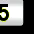
Digit: 5